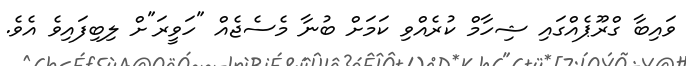
ވައިބާ ގްރޫޕެއްގައި ޝިހާމް ކުރެއްވި ކަމަށް ބުނާ މެސެޖެއް "ހަވީރަ"ށް ލިބިފައިވެ އެވެ.